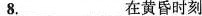
8.___在黄昏时刻